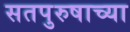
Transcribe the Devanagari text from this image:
सतपुरुषाच्या